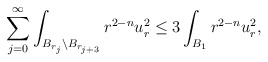
\begin{align*}\sum_{j = 0}^{\infty} \int_{B_{r_{j}}\setminus B_{r_{j+3}}} r^{2-n} u_r^2 \leq 3 \int_{B_{1}} r^{2-n} u_r^2,\end{align*}